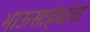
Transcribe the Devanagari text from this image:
भाऊसाहेबांचा